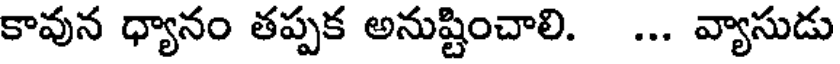
కావున ధ్యానం తప్పక అనుష్టించాలి. ... వ్యాసుడు